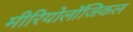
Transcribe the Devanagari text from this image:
मीरियोलॉजिकल